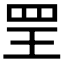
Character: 𦊄